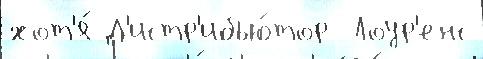
хот'я́ Д'истр'ибью́тор  Лоур'енс